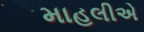
માહલીએ